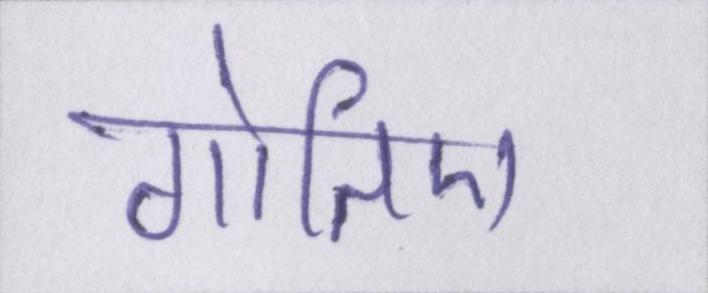
गोतिए